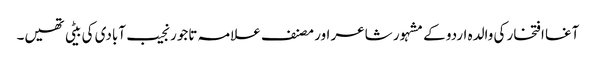
آغا افتخار کی والدہ اردو کے مشہور شاعر اور مصنف علامہ تاجور نجیب آبادی کی بیٹی تھیں۔